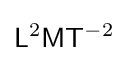
{\mathsf {L}}^{2}{\mathsf {M}}{\mathsf {T}}^{-2}